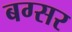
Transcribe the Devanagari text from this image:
बग्सर